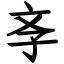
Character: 斈